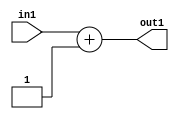
`timescale 1ps / 1ps
/*****************************************************************************
    Verilog RTL Description
    
    
    Created by: CellMath Designer 2019.1.01 
*******************************************************************************/

module DFT_compute_Add_2U_6_1 (
	in1,
	out1
	); /* architecture "behavioural" */ 
input [1:0] in1;
output [1:0] out1;
wire [1:0] asc001;

assign asc001 = 
	+(in1)
	+(2'B01);

assign out1 = asc001;
endmodule

/* CADENCE  urb4SAk= : u9/ySgnWtBlWxVPRXgAZ4Og= ** DO NOT EDIT THIS LINE ******/